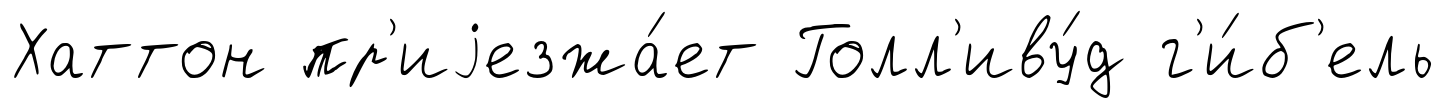
Хаттон пр'иjезжа́ет Голл'иву́д г'и́б'ель